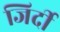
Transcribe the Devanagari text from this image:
जिर्दी